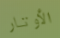
الأوتار